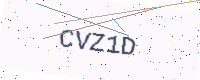
Text: CVZ1D